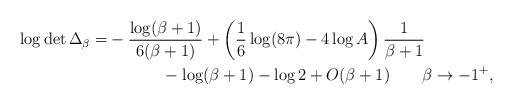
LaTeX: \begin{align*}\begin{aligned}\log \det \Delta_\beta=&-\frac {\log(\beta+1)} {6(\beta+1)} +\left( \frac 1 6 \log (8\pi) -4\log A\right)\frac 1 {\beta+1}\\&\qquad\quad\ -\log(\beta+1)-\log 2 +O(\beta+1)\quad \quad\beta\to-1^+,\end{aligned}\end{align*}